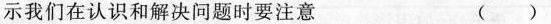
示我们在认识和解决问题时要注意 ( )